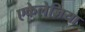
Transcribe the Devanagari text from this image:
एकेलेज़िया